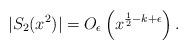
LaTeX: \begin{align*}|S_2(x^2)| = O_{\epsilon} \left( x^{\frac{1}{2}-k+\epsilon} \right).\end{align*}